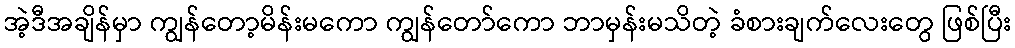
အဲ့ဒီအချိန်မှာ ကျွန်တော့မိန်းမကော ကျွန်တော်ကော ဘာမှန်းမသိတဲ့ ခံစားချက်လေးတွေ ဖြစ်ပြီး